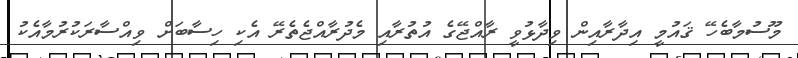
މޫސުމާބެހޭ ޤައުމީ އިދާރާއިން ވިދާޅުވީ ރާއްޖޭގެ އުތުރާއި މެދުރާއްޖެތެރޭ އެކި ހިސާބަށް ވިއްސާރަކުރުމާއެކު